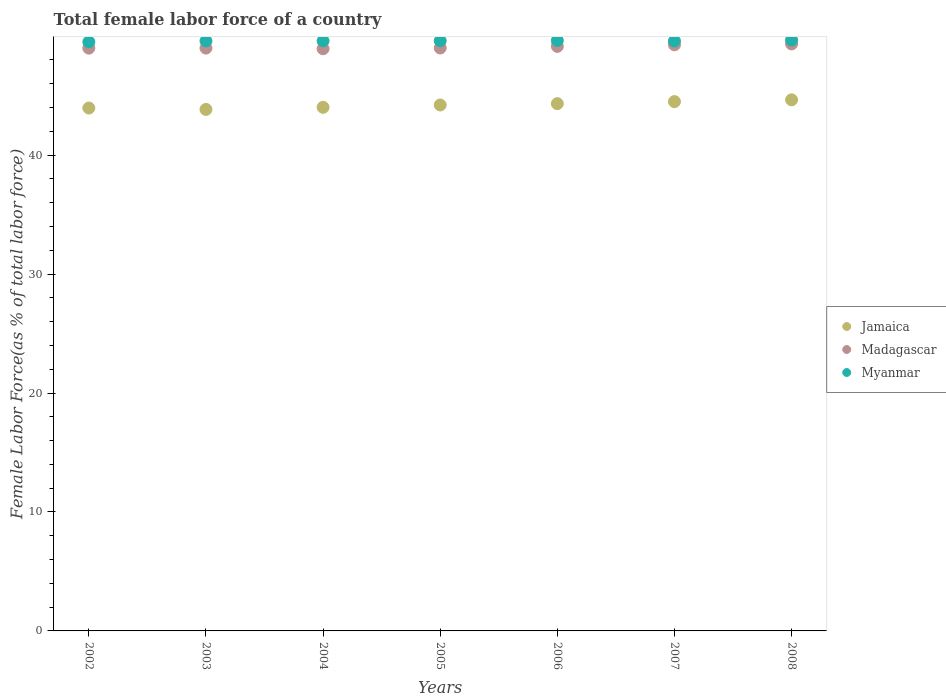
| Years | Jamaica | Madagascar | Myanmar |
 | --- | --- | --- | --- |
 | 2002 | 44 | 49 | 49.5 |
 | 2003 | 43.8 | 49 | 49.6 |
 | 2004 | 44 | 48.9 | 49.6 |
 | 2005 | 44.2 | 49 | 49.6 |
 | 2006 | 44.3 | 49.1 | 49.6 |
 | 2007 | 44.5 | 49.3 | 49.6 |
 | 2008 | 44.6 | 49.3 | 49.7 |